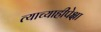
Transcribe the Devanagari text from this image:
त्याच्याहीपेक्षा